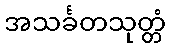
အသင်္ခတသုတ္တံ